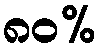
၈၀%